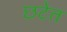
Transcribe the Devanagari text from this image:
छटेत